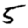
Digit: 5